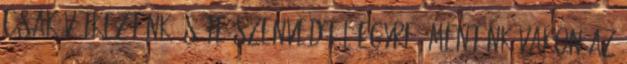
csak vétkeztünk és te szenvedtél egyre, mentünk vakon az